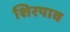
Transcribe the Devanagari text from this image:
शिरपाव